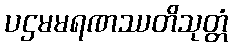
ပဌမမရဏဿတိသုတ္တံ